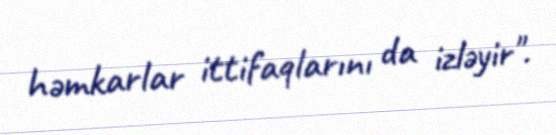
həmkarlar ittifaqlarını da izləyir".